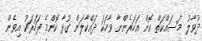
ދުވާލު މަސައްކަތް ކޮށް އަހަރެންނާ ވާހަކަ ދައްކާލަން ގުޅާ ކޮންމެ ފަހަރަކު އިވެން